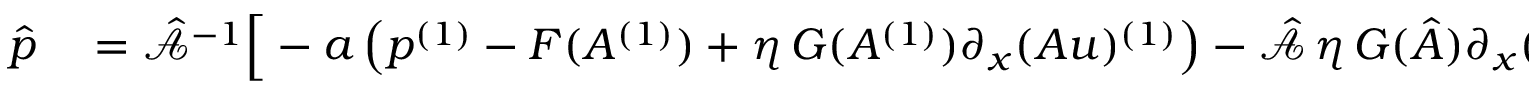
\begin{array} { r l } { \boldsymbol { \hat { p } } } & { { } = \hat { \mathcal { A } } ^ { - 1 } \Big [ - \boldsymbol { a } \left( p ^ { ( 1 ) } - F ( A ^ { ( 1 ) } ) + \eta \, G ( A ^ { ( 1 ) } ) \partial _ { x } ( A u ) ^ { ( 1 ) } \right) - \hat { \mathcal { A } } \, \eta \, \boldsymbol { G } ( \boldsymbol { \hat { A } } ) \partial _ { x } ( \boldsymbol { \hat { A u } } ) \Big ] + \boldsymbol { F } ( \boldsymbol { \hat { A } } ) \, } \end{array}